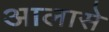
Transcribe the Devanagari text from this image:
आलासे